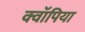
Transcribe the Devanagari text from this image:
क्वॉपिया